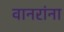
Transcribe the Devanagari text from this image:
वानरांना